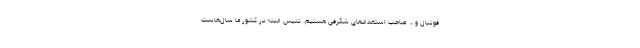
فوتبال و … صاحب استعدادهای شگرفی هستیم. تنیس البته در کشور ما سال‌هاست